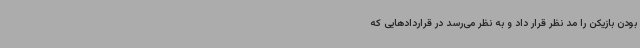
بودن بازیکن را مد نظر قرار داد و به نظر می‌رسد در قراردادهایی که